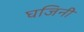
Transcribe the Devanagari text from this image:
घजिनी